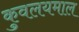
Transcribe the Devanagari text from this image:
कुवलयमाल